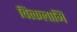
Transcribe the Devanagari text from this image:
चित्कलामिं